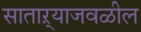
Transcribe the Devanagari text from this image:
साताऱ्याजवळील